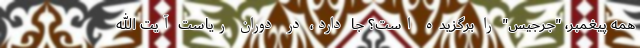
همه پیغمبر، "جرجیس" را برگزیده است؟ جا دارد، در دوران ریاست آیت الله